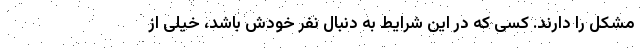
مشکل را دارند. کسی که در این شرایط به دنبال نفر خودش باشد، خیلی از